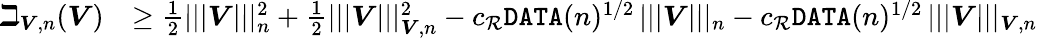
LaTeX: \begin{array}{rl}{\beth_{\boldsymbol{V},n}(\boldsymbol{V})}&{\geq\frac{1}{2}|||\boldsymbol{V}|||_{n}^{2}+\frac{1}{2}|||\boldsymbol{V}|||_{\boldsymbol{V},n}^{2}-c_{{\mathcal R}}\texttt{DATA}(n)^{1/2}\, |||\boldsymbol{V}|||_{n}-c_{{\mathcal R}}\texttt{DATA}(n)^{1/2}\, |||\boldsymbol{V}|||_{\boldsymbol{V},n}}\end{array}